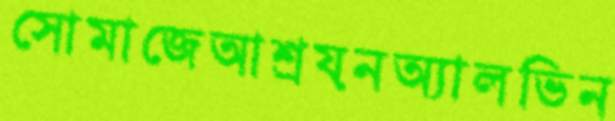
সোমাজেআশ্রয়নঅ্যালভিন